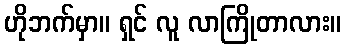
ဟိုဘက်မှာ။ ရှင် လူ လာကြိုတာလား။